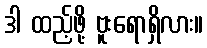
ဒါ ထည့်ဖို့ ဗူးရောရှိလား။